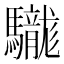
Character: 𩧑